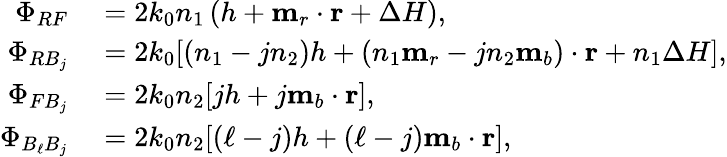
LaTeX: \begin{array}{rl}{\Phi_{RF}}&{{}=2k_{0}n_{1}\left(h+\mathbf{m}_{r}\cdot\mathbf{r}+\Delta H\right),}\\ {\Phi_{RB_{j}}}&{{}=2k_{0}[(n_{1}-jn_{2})h+(n_{1}\mathbf{m}_{r}-jn_{2}\mathbf{m}_{b})\cdot\mathbf{r}+n_{1}\Delta H],}\\ {\Phi_{FB_{j}}}&{{}=2k_{0}n_{2}[jh+j\mathbf{m}_{b}\cdot\mathbf{r}],}\\ {\Phi_{B_{\ell}B_{j}}}&{{}=2k_{0}n_{2}[(\ell-j)h+(\ell-j)\mathbf{m}_{b}\cdot\mathbf{r}],}\end{array}